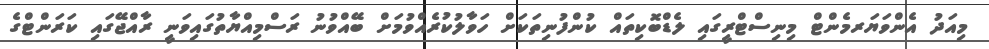
މިއަދު އެންވަޔަރމެންޓް މިނިސްޓްރީގައި ލެޑްބޮކިތައް ކުންފުނިތަކަށް ހަވާލުކުރެއްވުމަށް ބޭއްވުނު ރަސްމިއްޔާތުގައިވަނީ ރާއްޖޭގައި ކަރަންޓްގެ